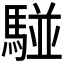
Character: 𩤀